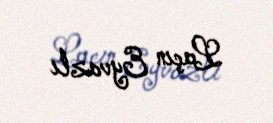
Laçın Eyvazlı